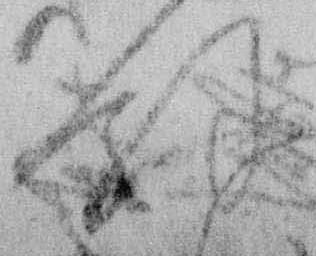
餘